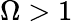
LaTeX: \Omega>1